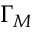
\Gamma _ { M }